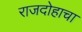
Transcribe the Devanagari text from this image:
राजदोहाचा